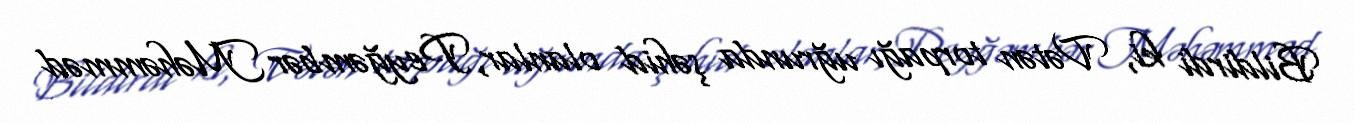
Bildirdi ki, Vətən torpağı uğrunda şəhid olanlar, Peyğəmbər Məhəmməd